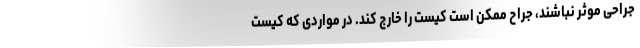
جراحی موثر نباشند، جراح ممکن است کیست را خارج کند. در مواردی که کیست